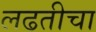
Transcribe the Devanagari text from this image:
लढतीचा